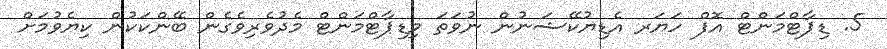
5. ޑިޕާޓްމަންޓް އޮފް ހަޔަރ އެޑިޔުކޭޝަނުން ނުވަތަ މިޑިޕާޓްމަންޓް މެދުވެރިވެގެން ބޭންކަކުން ކިޔެވުމަށް